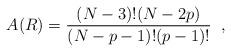
LaTeX: \begin{align*}A(R) = \frac{(N-3)!(N-2p)}{(N-p-1)!(p-1)!} \; \; ,\end{align*}